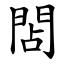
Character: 䦓